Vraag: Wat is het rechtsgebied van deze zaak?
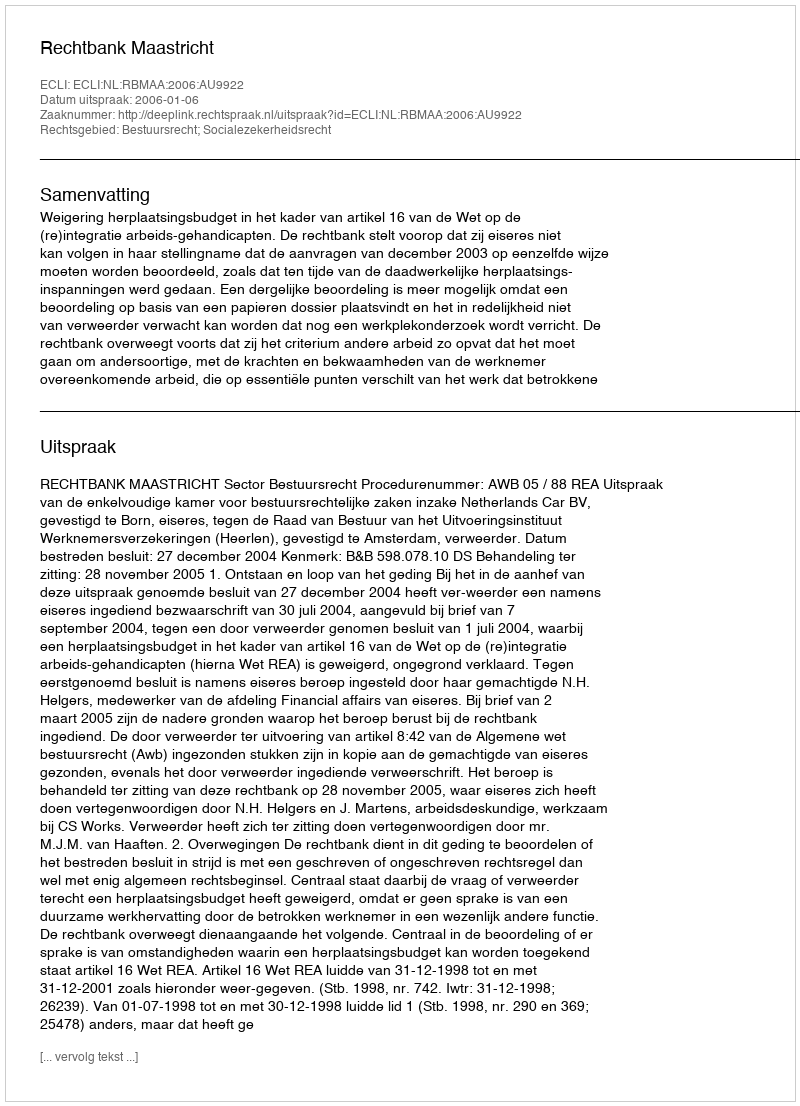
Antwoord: Bestuursrecht; Socialezekerheidsrecht